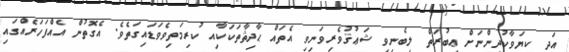
އަދި ކިޔަވާކުދިންނަށް ޢިބުރަތް ލިބެނިވި ޝަޢުޤުވެރިވަނިވި އެތައް ޙާދިޘާތަކަކާއި ކުރިމަތިވެވަޑައިގަތެވެ. އެގޮތުން އެއްފަހަރެއްގައި